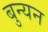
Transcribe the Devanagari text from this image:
बुन्यन